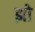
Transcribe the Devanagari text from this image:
झो